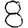
Digit: 8